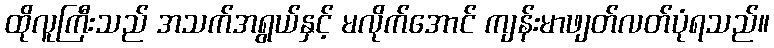
ထိုလူကြီးသည် အသက်အရွယ်နှင့် မလိုက်အောင် ကျန်းမာဖျတ်လတ်ပုံရသည်။